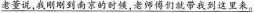
\underline{老董说,我刚刚到南京的时候，老师傅们就带我到这里来。}